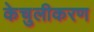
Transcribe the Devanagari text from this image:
केचुलीकरण